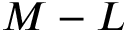
M - L